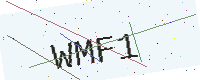
Text: WMF1